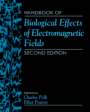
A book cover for CRC Handbook of Biological Effects of Electromagnetic Fields; Charles Polk; Science & Math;